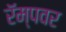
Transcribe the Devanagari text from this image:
रॅम्पवर